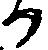
り